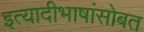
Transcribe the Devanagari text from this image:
इत्यादीभाषांसोबत